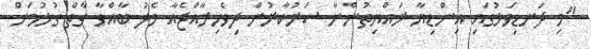
"މި ދަނޑިވަޅުގައި އިންޑިޔާ ރައްޔިތުންނާ ސަރުކާރުން ދިވެހިރާއްޖެއާ މެދު ބާއްވާ ގާތް ގުޅުމަށް